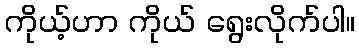
ကိုယ့်ဟာ ကိုယ် ရွေးလိုက်ပါ။